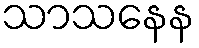
သာသနေန